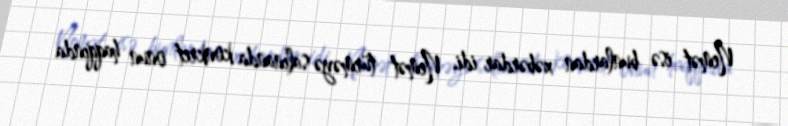
Nemət isə bunlardan xəbərdar idi. Nemət türməyə salınanda konkret onun haqqında